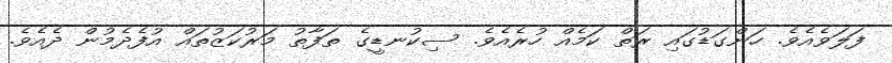
ފަލަވެއެވެ. ހަންގަޑުގައި ރަތް ކަމެއް ހުރެއެވެ. ސިކުނޑީގެ ތަފާތު މަރުކަޒުތައް އުފެދެމުން ދެއެވެ.